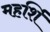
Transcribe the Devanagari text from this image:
महर्शि